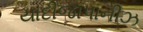
યાદીજાપાનીઝ